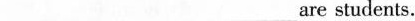
___ ___ ___are students.